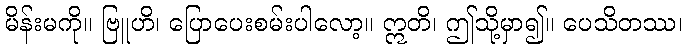
မိန်းမကို။ ဗြူဟိ၊ ပြောပေးစမ်းပါလော့။ ဣတိ၊ ဤသို့မှာ၍။ ပေသိတဿ၊